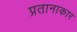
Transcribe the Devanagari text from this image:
प्रतानाकार